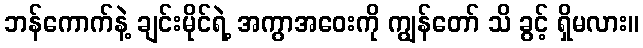
ဘန်ကောက်နဲ့ ချင်းမိုင်ရဲ့ အကွာအဝေးကို ကျွန်တော် သိ ခွင့် ရှိမလား။